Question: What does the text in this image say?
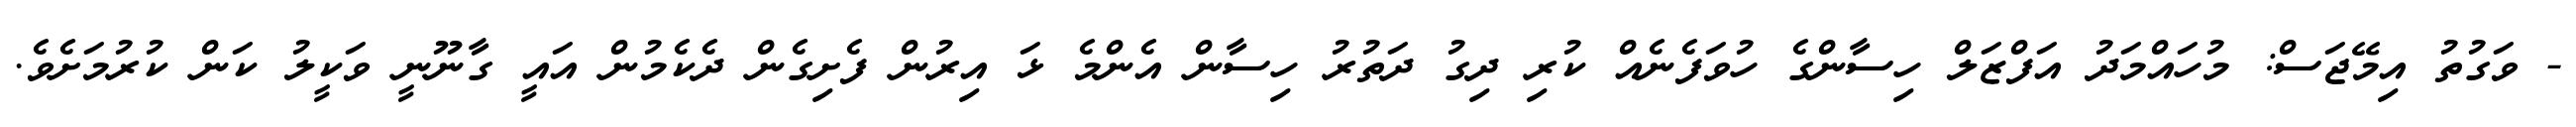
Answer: - ވަގުތު އިމޭޖަސް: މުހައްމަދު އަފްޒަލް ހިސާންގެ ހުވަފެނެއް ކުރި ދިގު ދަތުރު ހިސާން އެންމެ ޅަ އިރުން ފެށިގެން ދެކެމުން އައީ ގާނޫނީ ވަކީލު ކަން ކުރުމަށެވެ.